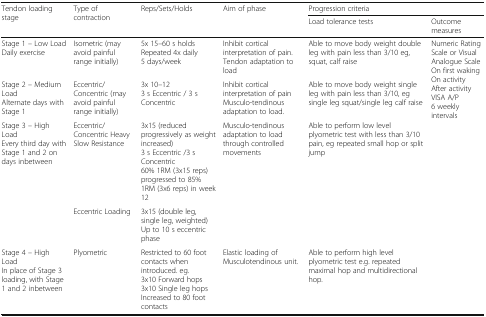
<table><thead><tr><td rowspan="2"><b>Tendon loading stage</b></td><td rowspan="2"><b>Type of contraction</b></td><td rowspan="2"><b>Reps/Sets/Holds</b></td><td rowspan="2"><b>Aim of phase</b></td><td colspan="2"><b>Progression criteria</b></td></tr><tr><td><b>Load tolerance tests</b></td><td><b>Outcome measures</b></td></tr></thead><tbody><tr><td>Stage 1 – Low LoadDaily exercise</td><td>Isometric (may avoid painful range initially)</td><td>5x 15–60 s holdsRepeated 4x daily5 days/week</td><td>Inhibit cortical interpretation of pain.Tendon adaptation to load</td><td>Able to move body weight double leg with pain less than 3/10 eg, squat, calf raise</td><td rowspan="5">Numeric Rating Scale or Visual Analogue ScaleOn first wakingOn activityAfter activityVISA A/P6 weekly intervals</td></tr><tr><td>Stage 2 – Medium LoadAlternate days with Stage 1</td><td>Eccentric/Concentric (may avoid painful range initially)</td><td>3x 10–123 s Eccentric / 3 s Concentric</td><td>Inhibit cortical interpretation of painMusculo-tendinous adaptation to load.</td><td>Able to move body weight single leg with pain less than 3/10, eg single leg squat/single leg calf raise</td></tr><tr><td rowspan="2">Stage 3 – High LoadEvery third day with Stage 1 and 2 on days inbetween</td><td>Eccentric/ Concentric Heavy Slow Resistance</td><td>3x15 (reduced progressively as weight increased)3 s Eccentric /3 s Concentric60% 1RM (3x15 reps) progressed to 85% 1RM (3x6 reps) in week 12</td><td rowspan="2">Musculo-tendinous adaptation to load through controlled movements</td><td rowspan="2">Able to perform low level plyometric test with less than 3/10 pain, eg repeated small hop or split jump</td></tr><tr><td>Eccentric Loading</td><td>3x15 (double leg, single leg, weighted)Up to 10 s eccentric phase</td></tr><tr><td>Stage 4 – High LoadIn place of Stage 3 loading, with Stage 1 and 2 inbetween</td><td>Plyometric</td><td>Restricted to 60 foot contacts when introduced. eg.3x10 Forward hops3x10 Single leg hopsIncreased to 80 foot contacts</td><td>Elastic loading of Musculotendinous unit.</td><td>Able to perform high level plyometric test e.g. repeated maximal hop and multidirectional hop.</td></tr></tbody></table>